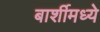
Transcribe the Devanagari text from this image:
बार्शीमध्ये